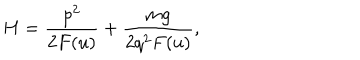
H = \frac { p ^ { 2 } } { 2 F ( u ) } + \frac { m g } { 2 q ^ { 2 } F ( u ) } ,